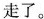
走了。